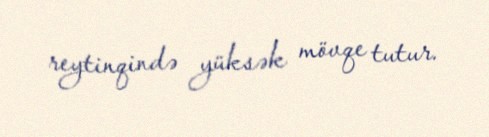
reytinqində yüksək mövqe tutur.